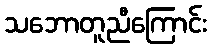
သဘောတူညီကြောင်း